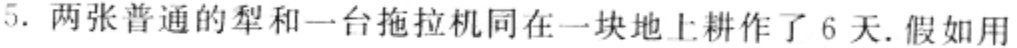
5. 两张普通的犁和一台拖拉机同在一块地上耕作了6天. 假如用